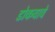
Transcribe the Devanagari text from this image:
डोकवावे